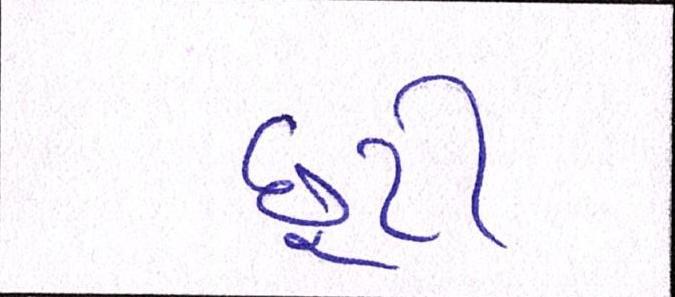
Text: છૂટી